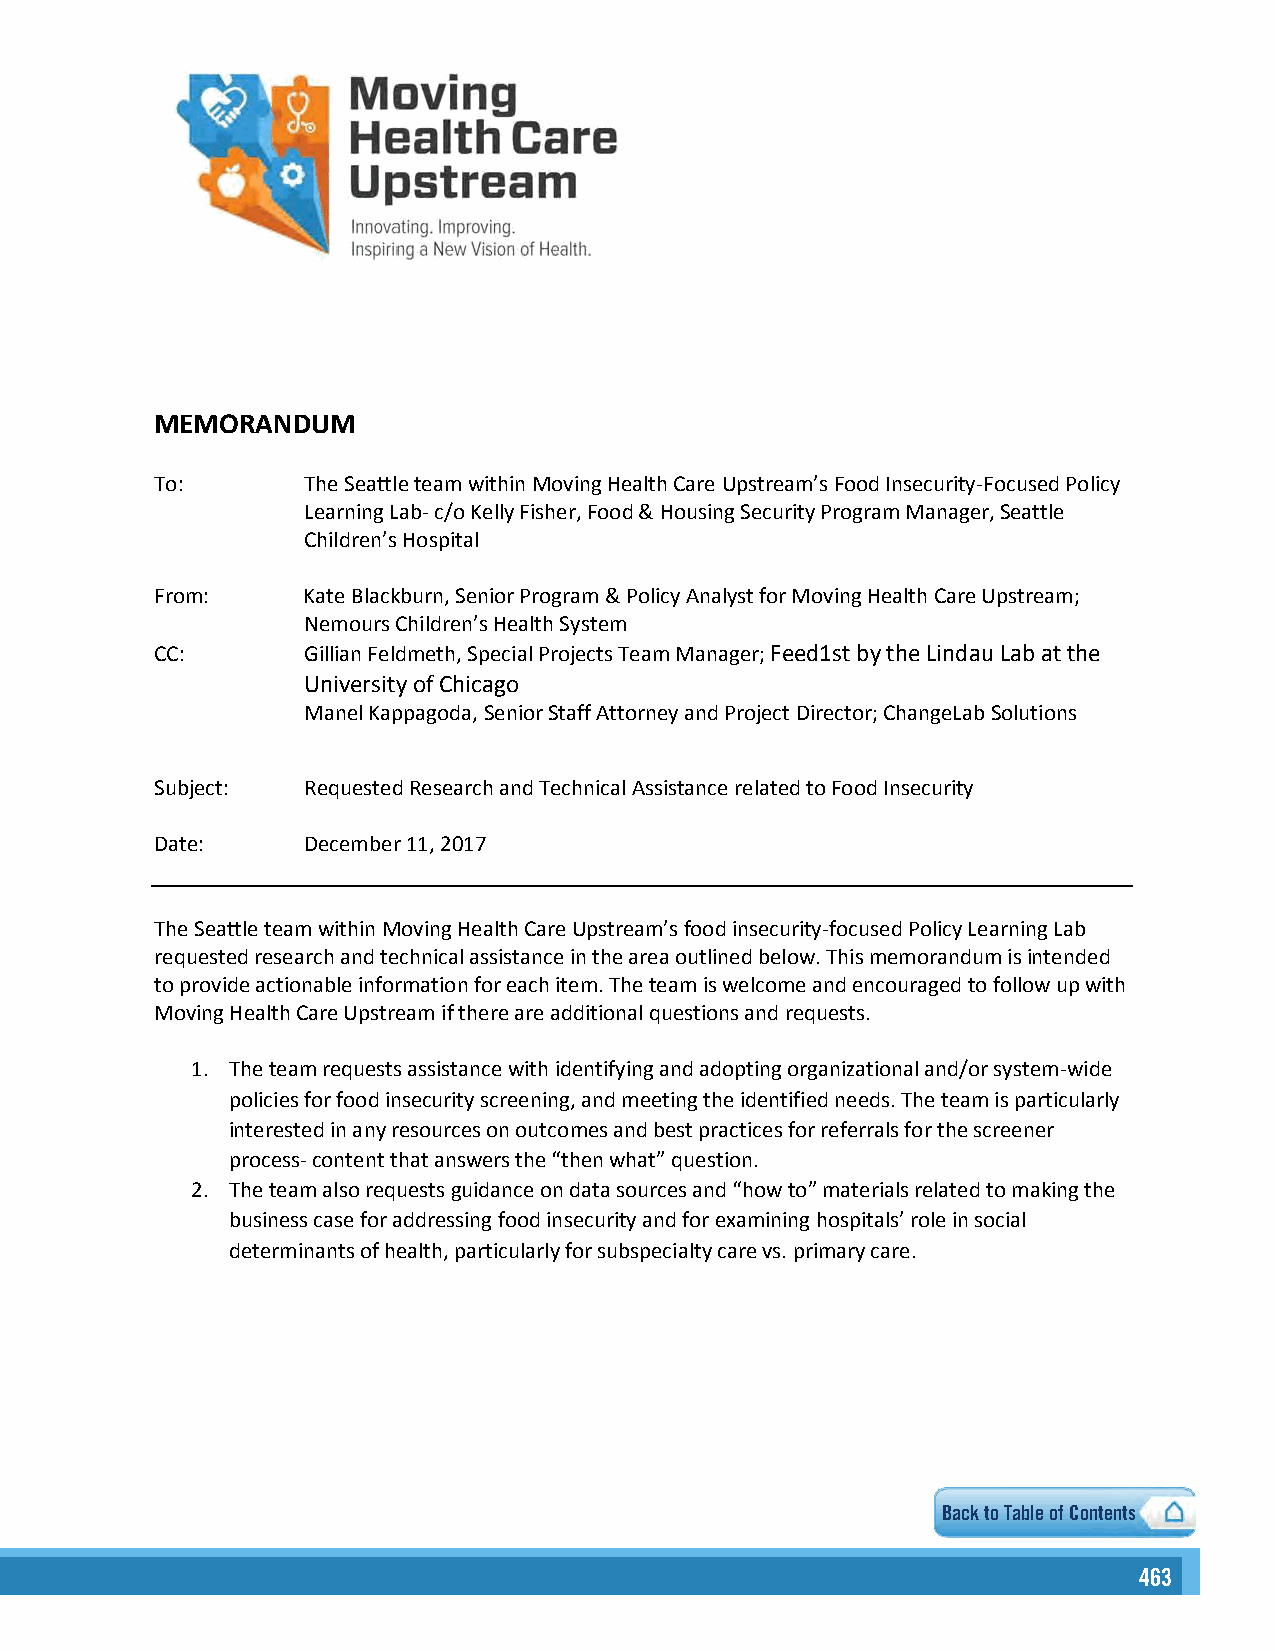
MEMORANDUM
 To:       The Seattle team within Moving Health Care Upstream’s Food Insecurity-Focused Policy
 Learning Lab- c/o Kelly Fisher, Food & Housing Security Program Manager, Seattle
 Children’s Hospital
 From:     Kate Blackburn, Senior Program & Policy Analyst for Moving Health Care Upstream;
 Nemours Children’s Health System
 CC:       Gillian Feldmeth, Special Projects Team Manager; Feed1st by the Lindau Lab at the
 University of Chicago
 Manel Kappagoda, Senior Staff Attorney and Project Director; ChangeLab Solutions
 Subject:  Requested Research and Technical Assistance related to Food Insecurity
 Date:     December 11, 2017
 The Seattle team within Moving Health Care Upstream’s food insecurity-focused Policy Learning Lab
 requested research and technical assistance in the area outlined below. This memorandum is intended
 to provide actionable information for each item. The team is welcome and encouraged to follow up with
 Moving Health Care Upstream if there are additional questions and requests.
 1. The team requests assistance with identifying and adopting organizational and/or system-wide
 policies for food insecurity screening, and meeting the identified needs. The team is particularly
 interested in any resources on outcomes and best practices for referrals for the screener
 process- content that answers the “then what” question.
 2. The team also requests guidance on data sources and “how to” materials related to making the
 business case for addressing food insecurity and for examining hospitals’ role in social
 determinants of health, particularly for subspecialty care vs. primary care.
 1                   Back to Table of Contents
 446633